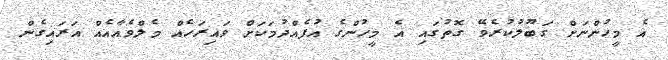
އެ މީހުންނަށް ގަބޫލުކުރެވޭ ގޮތުގައި އެ މީހުންގެ އުފެއްދުމަކަށް ވައިރަހެއް މެލްވެއާއެއް އަރައިގެން